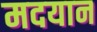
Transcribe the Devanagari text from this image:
मदयान